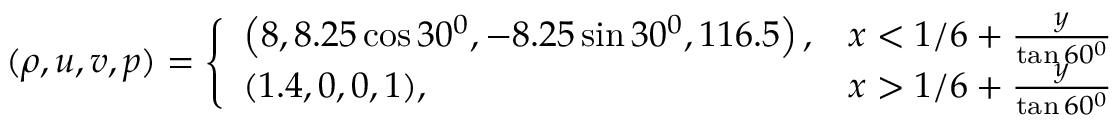
( \rho , u , v , p ) = \left\{ \begin{array} { l l } { \left( 8 , 8 . 2 5 \cos 3 0 ^ { 0 } , - 8 . 2 5 \sin 3 0 ^ { 0 } , 1 1 6 . 5 \right) , } & { x < 1 / 6 + \frac { y } { \tan 6 0 ^ { 0 } } } \\ { ( 1 . 4 , 0 , 0 , 1 ) , } & { x > 1 / 6 + \frac { y } { \tan 6 0 ^ { 0 } } } \end{array} \right.